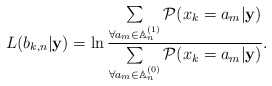
\begin{align*} L(b_{k,n}|{\bf{y}}) = \ln\frac{\sum\limits_{\forall a_m\in\mathbb{A}_n^{(1)}}\mathcal{P}(x_k = a_m|{\bf{y}})}{\sum\limits_{\forall a_m\in\mathbb{A}_n^{(0)}}\mathcal{P}(x_k = a_m|{\bf{y}})}.\end{align*}